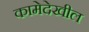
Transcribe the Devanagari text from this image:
कामेदेखील